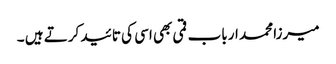
میرزا محمد ارباب قمی بھی اسی کی تائید کرتے ہیں ۔